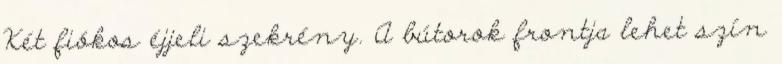
Két fiókos éjjeli szekrény. A bútorok frontja lehet szín